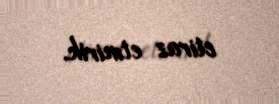
etiraz etmirik.